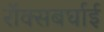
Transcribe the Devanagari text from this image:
रॉक्सबर्घाई